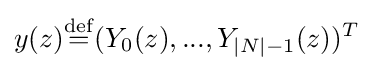
y(z){\stackrel {\rm {def}}{=}}(Y_{0}(z),...,Y_{|N|-1}(z))^{T}